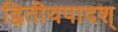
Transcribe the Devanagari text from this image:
द्वितीयपादश्